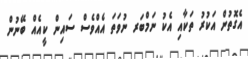
އެގޮތުން އަކުރު ތަކާއި އެކު ނަމްބަރ ނުވަތަ އެއްވެސް ސައިން ކީއެއް ބޭނުން